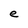
Character: e